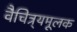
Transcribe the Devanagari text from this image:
वैचित्र्यमूलक